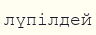
лүпілдей